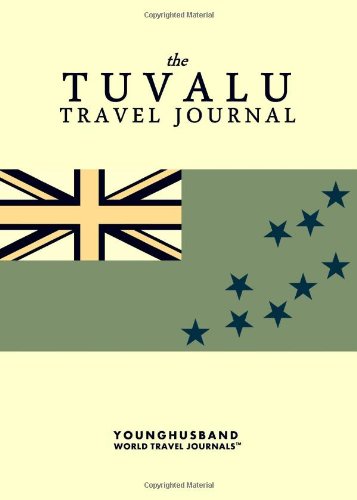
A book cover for The Tuvalu Travel Journal; Younghusband World Travel Journals; Travel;